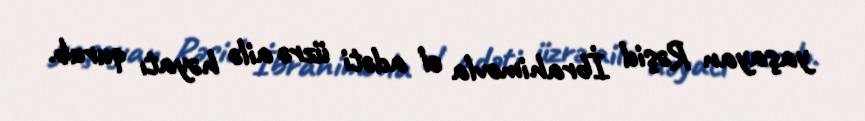
yaşayan Rəşid İbrahimovla el adəti üzrə ailə həyatı qurub.